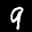
Label: 9